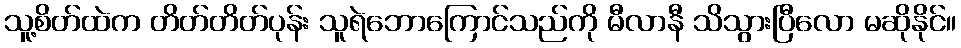
သူ့စိတ်ထဲက တိတ်တိတ်ပုန်း သူရဲဘောကြောင်သည်ကို မီလာနီ သိသွားပြီလော မဆိုနိုင်။